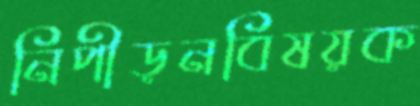
নিপীড়নবিষয়ক